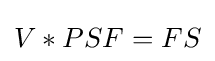
V*PSF=FS